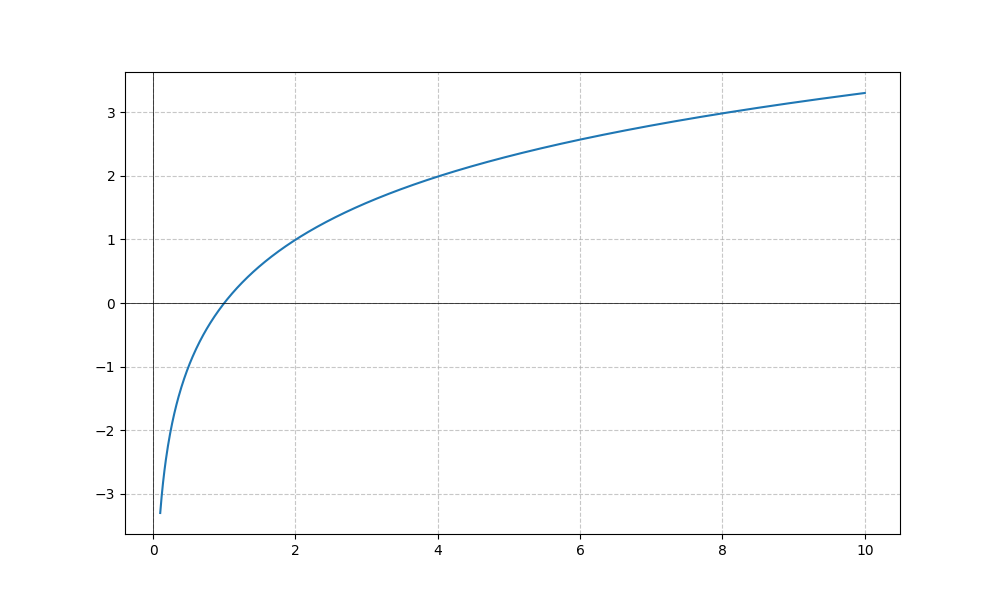
LaTeX formula: \frac{\log{\left(x \right)}}{\log{\left(10 \right)}} + \log{\left(x \right)}